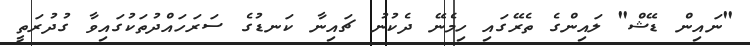
"ނައިން ޑޭޝް" ލައިންގެ ތެރޭގައި ހިމެނޭ ދެކުނު ޗައިނާ ކަނޑުގެ ސަރަހައްދުތަކުގައިވާ ގުދުރަތީ